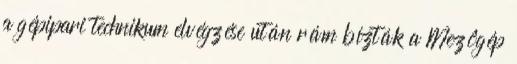
a gépipari technikum elvégzése után rám bízták a Mezôgép